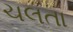
ચલતા